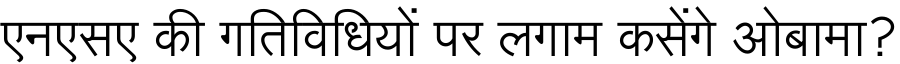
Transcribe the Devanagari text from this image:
एनएसए की गतिविधियों पर लगाम कसेंगे ओबामा?